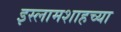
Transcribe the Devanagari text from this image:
इस्लामशाहच्या